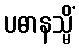
ပဓာနသ္မိံ